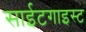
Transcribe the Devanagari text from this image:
साईटगाइस्ट